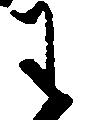
わ